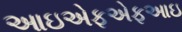
આઇએફએફઆઇ